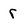
Character: r